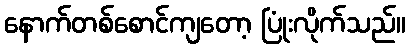
နောက်တစ်စောင်ကျတော့ ပြုံးလိုက်သည်။